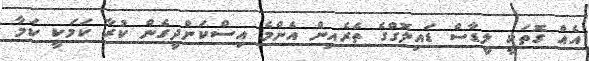
އެއް ގޮތަކީ ލީޑާސް ޑައިލޮގްގެ ތެރެއިން އެންމެ އިސްކަންދީގެން ކުރާ ކަމަކީ ކަމާ